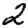
Digit: 2